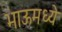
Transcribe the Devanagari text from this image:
भाऊमध्ये